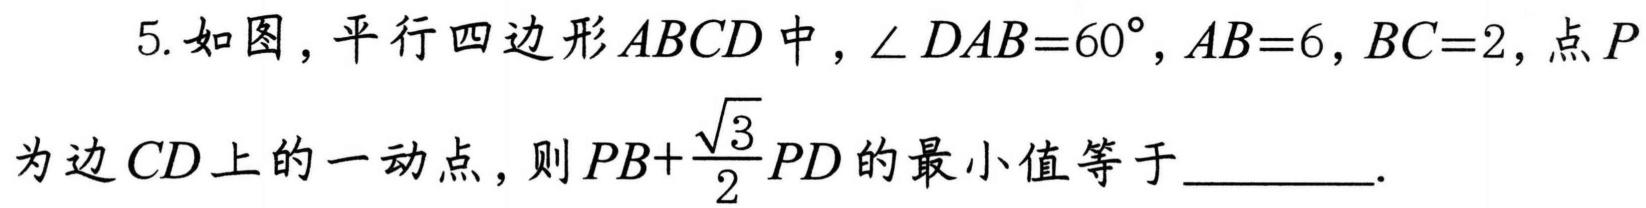
5. 如图，平行四边形\(ABCD\)中，\(\angle DAB = 60^{\circ}\)，\(AB = 6\)，\(BC = 2\)，点\(P\)为边\(CD\)上的一动点，则\(PB + \frac{\sqrt{3}}{2}PD\)的最小值等于  ．